Report on leprosy in the North-Western Provinces
Disease focus: Leprosy
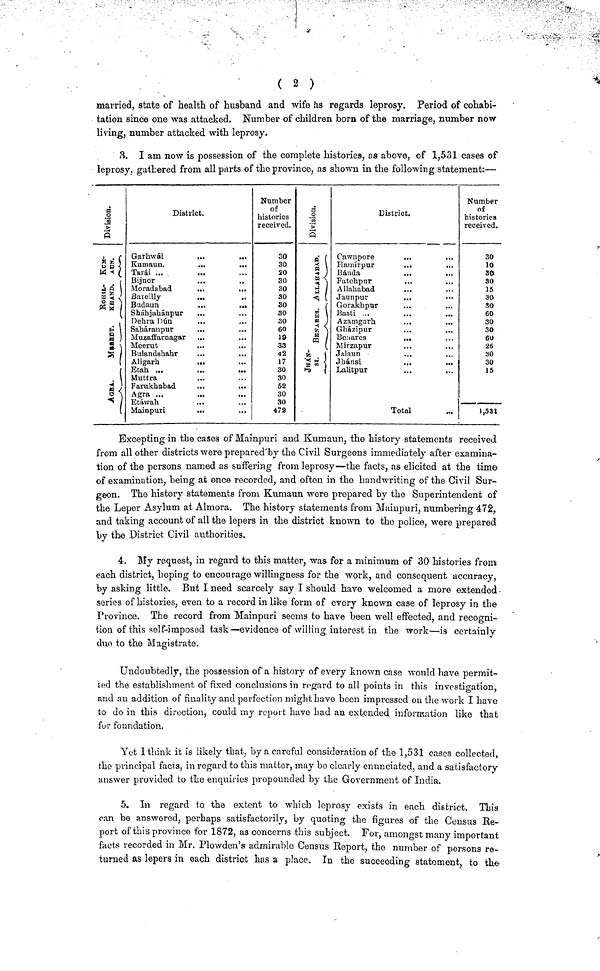
( 2 )
married, state of health of husband and wife as regards leprosy. Period of cohabi-
tation since one was attacked. Number of children born of the marriage, number now-
living, number attacked with leprosy.
3. I am now is possession of the complete histories, as above, of 1,531 cases of
leprosy, gathered from all parts of the province, as shown in the following statement:—
Division.
' . Ç
St
a p <
w < l
. [
«3 )
" ( 1
û\
S i
s /
í
(
2 )
District.
Garhwál
...
...
Kumaun.
Tarái ...
ßijnor
...
Moradabad
...
...
ßareilly
...
Budaun
...
...
Sháhjahánpur
...
Delira Dún
...
Saháraupur
...
Muzaffarnagar
Meerut
...
Bulandshahr
Aligarh
...
Etah ...
Muttra
Farukhabad
...
...
Agra ...
Etáwah
...
Mainpuri
...
Number
of
histories
received.
30
30
20
30
30
30
30
30
30
60
19
33
42
17
30
30
52
30
30
472
Division.
ALLAHABAD.
"
"
"
"
"
BENABES.
"
"
"
"
"
JHA'NSI.
"
"
District.
Cawnpore
...
...
Hamirpur
...
,..
Bánda
...
...
Fatehpur
...
...
Allahabad
...
Jaunpur
...
•••
Gorakhpur
...
...
Basti ...
Azamgarh
Gházipur
Benares
...
Mirzapur
Jalaun
Jhánsi
...
...
Lalitpur
Total
Number
of
histories
received.
30
10
30
30
15
30
30
60
30
30
60
26
30
30
15
1,531
Excepting in the cases of Mainpuri and Kumaun, the history statements received
from all other districts were prepared by the Civil Surgeons immediately after examina-
tion of the persons named as suffering from leprosy—the facts, as elicited at the time
of examination, being at once recorded, and often in the handwriting of the Civil Sur-
geon. The history statements from Kumaun were prepared by the Superintendent of
the Leper Asylum at Almora. The history statements from Mainpuri, numbering 472,
and taking account of all the lepers in the district known to the police, were prepared
by the District Civil authorities.
4. My request, in regard to this matter, was for a minimum of 30 histories from
each district, hoping to encourage willingness for the work, and consequent accuracy,
by asking little. But I need scarcely say I should have welcomed a more extended -
series of histories, even to a record in like form of every known case of leprosy in the
Province. The record from Mainpuri seems to have been well effected, and recogni-
tion of this self-imposed task—evidence of willing interest in the work—is certainly
duo to the Magistrate.
Undoubtedly, the possession of a history of every known case would have permit-
ted the establishment of fixed conclusions in regard to all points in this investigation,
and au addition of finality and perfection might have been impressed on the work I have
to do in this direction, could my report have had an extended information like that
fur foundation.
Yet I think it is likely that, by a careful consideration of the 1,531 cases collected,
the principal facts, in regard to this matter, may bo clearly enunciated, and a satisfactory
answer provided to the enquiries propounded by the Government of India.
5. In regard to the extent to which loprosy exists in each district. This
can be answered, perhaps satisfactorily, by quoting the figures of the Census Re-
port of this province for 1872, as concerns this subject. For, amongst many important
facts recorded in Mr. Plowden's admirable Census Report, the number of persons re-
turned as lepers in each district has a place. In the succeeding statement, to the